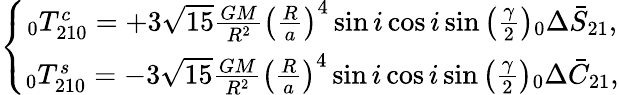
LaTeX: \left\{ \begin{array}{c}{\phantom{}_{0}T_{210}^{c}=+3\sqrt{15}\frac{GM}{R^{2}}\left(\frac{R}{a}\right)^{4}\sin i\cos i\sin\left(\frac{\gamma}{2}\right)\phantom{}_{0}\Delta\bar{S}_{21},}\\ {\phantom{}_{0}T_{210}^{s}=-3\sqrt{15}\frac{GM}{R^{2}}\left(\frac{R}{a}\right)^{4}\sin i\cos i\sin\left(\frac{\gamma}{2}\right)\phantom{}_{0}\Delta\bar{C}_{21},}\end{array}\right.